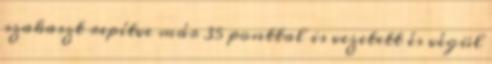
szakaszt repítve már 35 ponttal is vezetett és végül